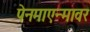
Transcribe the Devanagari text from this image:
पेनमाएन्मावर